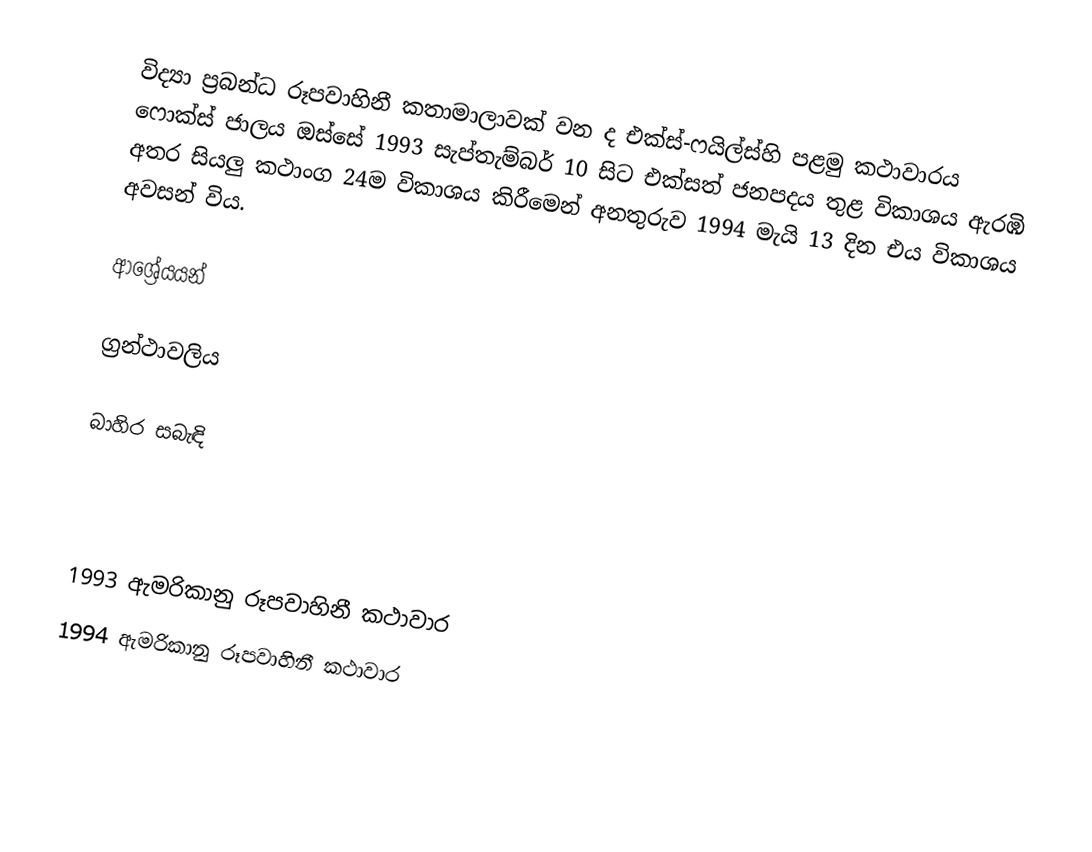
විද්‍යා ප්‍රබන්ධ රූපවාහිනී කතාමාලාවක් වන ද එක්ස්-ෆයිල්ස්හි පළමු කථාවාරය ෆොක්ස් ජාලය ඔස්සේ 1993 සැප්තැම්බර් 10 සිට එක්සත් ජනපදය තුළ විකාශය ඇරඹි අතර සියලු කථාංග 24ම විකාශය කිරීමෙන් අනතුරුව 1994 මැයි 13 දින එය විකාශය අවසන් විය.

ආශ්‍රේයයන්

ග්‍රන්ථාවලිය

බාහිර සබැඳි

1993 ඇමරිකානු රූපවාහිනී කථාවාර
1994 ඇමරිකානු රූපවාහිනී කථාවාර